Annual report on the health of the army in India
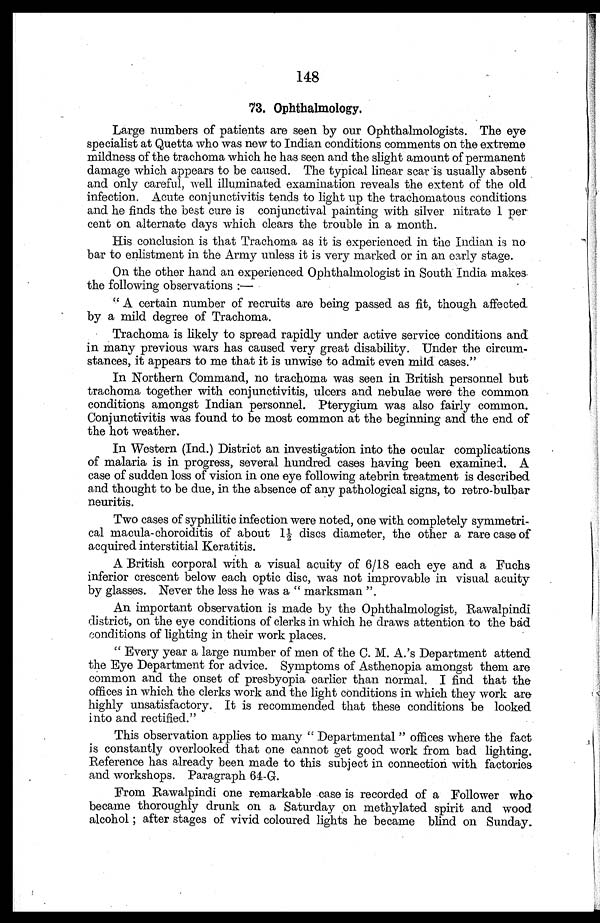
148
73. Ophthalmology.
Large numbers of patients are seen by our Ophthalmologists. The eye
specialist at Quetta who was new to Indian conditions comments on the extreme
mildness of the trachoma which he has seen and the slight amount of permanent
damage which appears to be caused. The typical linear scar is usually absent
and only careful, well illuminated examination reveals the extent of the old
infection. Acute conjunctivitis tends to light up the trachomatous conditions
and he finds the best cure is conjunctival painting with silver nitrate 1 per
cent on alternate days which clears the trouble in a month.
His conclusion is that Trachoma as it is experienced in the Indian is no
bar to enlistment in the Army unless it is very marked or in an early stage.
On the other hand an experienced Ophthalmologist in South India makes
the following observations:—
"A certain number of recruits are being passed as fit, though affected
by a mild degree of Trachoma.
Trachoma is likely to spread rapidly under active service conditions and
in many previous wars has caused very great disability. Under the circum
-stances, it appears to me that it is unwise to admit even mild cases."
In Northern Command, no trachoma was seen in British personnel but
trachoma together with conjunctivitis, ulcers and nebulae were the common
conditions amongst Indian personnel. Pterygium was also fairly common.
Conjunctivitis was found to be most common at the beginning and the end of
the hot weather.
In Western (Ind.) District an investigation into the ocular complications
of malaria is in progress, several hundred cases having been examined. A
case of sudden loss of vision in one eye following atebrin treatment is described
and thought to be due, in the absence of any pathological signs, to retro-bulbar
neuritis.
Two cases of syphilitic infection were noted, one with completely symmetri
-cal macula-choroiditis of about 11/2 discs diameter, the other a rare case of
acquired interstitial Keratitis.
A British corporal with a visual acuity of 6/18 each eye and a Fuchs
inferior crescent below each optic disc, was not improvable in visual acuity
by glasses. Never the less he was a "marksman".
An important observation is made by the Ophthalmologist, Rawalpindi
district, on the eye conditions of clerks in which he draws attention to the bad
conditions of lighting in their work places.
"Every year a large number of men of the C. M. A.'s Department attend
the Eye Department for advice. Symptoms of Asthenopia amongst them are
common and the onset of presbyopia earlier than normal. I find that the
offices in which the clerks work and the light conditions in which they work are
highly unsatisfactory. It is recommended that these conditions be looked
into and rectified."
This observation applies to many "Departmental" offices where the fact
is constantly overlooked that one cannot get good work from bad lighting.
Reference has already been made to this subject in connection with factories
and workshops. Paragraph 64-G.
From Rawalpindi one remarkable case is recorded of a Follower who
became thoroughly drunk on a Saturday on methylated spirit and wood
alcohol; after stages of vivid coloured lights he became blind on Sunday.